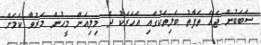
ސަބަބުން ޖެހޭ ތަފާތު ބަލިތަކުގައި އަހަރަކު ދެ މިލިއަން މީހުން މަރުވާ ކަމަށް